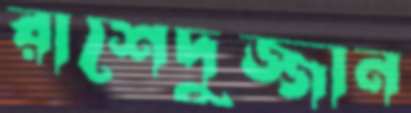
রাশেদুজ্জান